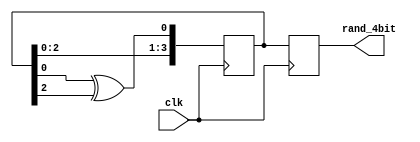
module FourBitRandomNumberGenerator(
    input clk,
    output reg [3:0] rand_4bit
);

// Seed for the random number generator
reg [15:0] seed = 16'hACE1; // Initial seed value

// Random number generator logic
always @(posedge clk) begin
			// XOR shift algorithm to generate pseudo-random numbers
		seed <= {seed[14:0], seed[0] ^ seed[2]}; // Shift left and XOR
		rand_4bit <= seed[3:0]; // Output the lower 4 bits
	  
end

endmodule